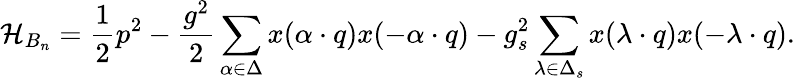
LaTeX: {\cal H}_{B_{n}}={\frac{1}{2}}p^{2}-{\frac{g^{2}}{2}}\sum_{\alpha\in\Delta}x(\alpha\cdot q)x(-\alpha\cdot q)-{g_{s}^{2}}\sum_{\lambda\in\Delta_{s}}x(\lambda\cdot q)x(-\lambda\cdot q).